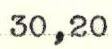
30,20